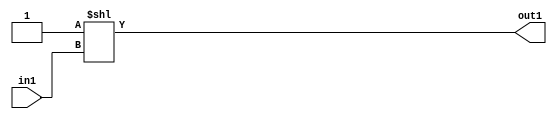
`timescale 1ps / 1ps
/*****************************************************************************
    Verilog RTL Description
    
    
    Created by: Stratus DpOpt 2019.1.01 
*******************************************************************************/

module dut_DECODE_4U_3_4 (
	in1,
	out1
	); /* architecture "behavioural" */ 
input [1:0] in1;
output [3:0] out1;
wire [3:0] asc001;

assign asc001 = 4'B0001 << in1;

assign out1 = asc001;
endmodule

/* CADENCE  urb1Tgw= : u9/ySgnWtBlWxVPRXgAZ4Og= ** DO NOT EDIT THIS LINE ******/